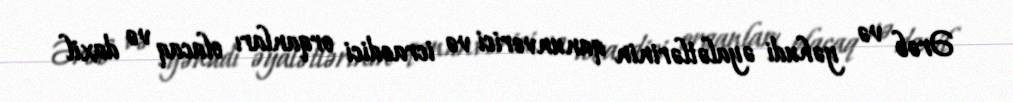
Ərəb və yəhudi əyalətlərinin qanunverici və icraedici orqanları olacaq və daxil